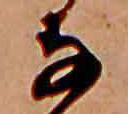
な